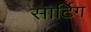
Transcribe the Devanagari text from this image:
सार्टिग